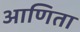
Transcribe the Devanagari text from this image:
आणिता